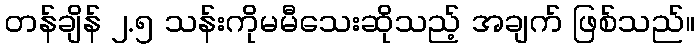
တန်ချိန် ၂.၅ သန်းကိုမမီသေးဆိုသည့် အချက် ဖြစ်သည်။